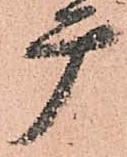
广